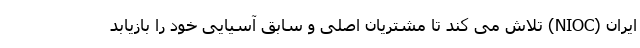
ایران (NIOC) تلاش می کند تا مشتریان اصلی و سابق آسیایی خود را بازیابد